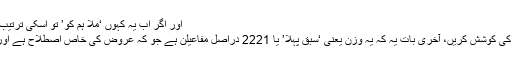
اور اگر اب یہ کہوں ‘ملا ہم کو’ تو اسکی ترتیب کیا ہوگی، مشق کریں، چلیں میں لکھ دیتا ہوں
مشق کے طور پر ان کو علامتوں میں لکھنے کی کوشش کریں، آخری بات یہ کہ یہ وزن یعنی ‘سبق پہلا’ یا 2221 دراصل مفاعیلن ہے جو کہ عروض کی خاص اصطلاح ہے اور اسی کے الٹ پھیر سے کئی اوزان بنتے ہیں۔